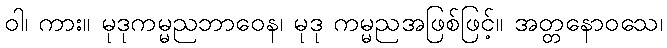
ဝါ၊ ကား။ မုဒုကမ္မညဘာဝေန၊ မုဒု ကမ္မညအဖြစ်ဖြင့်။ အတ္တနောဝသေ၊